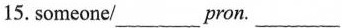
15.someone/___pron.___